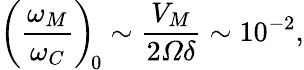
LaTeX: \left(\frac{\omega_{M}}{\omega_{C}}\right)_{\! 0}\sim\frac{V_{M}}{2\varOmega\delta}\sim 10^{-2},